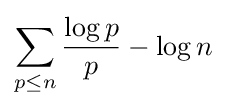
\sum _{p\leq n}{\frac {\log p}{p}}-\log n